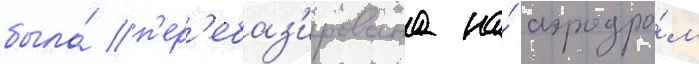
была́ п'ер'ебаз'ирована на́ аэродро́м